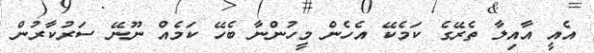
އެއީ އާއިލާ ތެރޭގެ ކަމެކޭ އެހެން މީހުންނާ ބެހޭ ކަމެއް ނޫނޭ ސަރުކާރުން